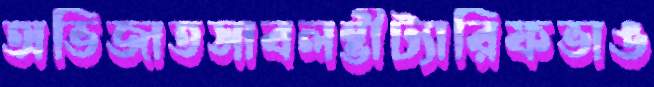
অভিজাতসাবলম্ভীট্যারিফভাঙ